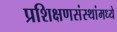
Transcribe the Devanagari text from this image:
प्रशिक्षणसंस्थांमध्ये